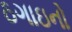
ઠગાઇનો